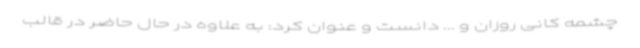
چشمه کانی روزان و ... دانست و عنوان کرد: به علاوه در حال حاضر در قالب